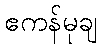
ဧကန်မုချ